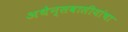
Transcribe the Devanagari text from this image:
अथेन्सवासीयांचा